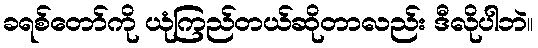
ခရစ်တော်ကို ယုံကြည်တယ်ဆိုတာလည်း ဒီလိုပါဘဲ။